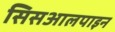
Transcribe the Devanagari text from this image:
सिसआलपाइन